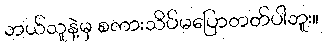
ဘယ်သူနဲ့မှ စကားသိပ်မပြောတတ်ပါဘူး။